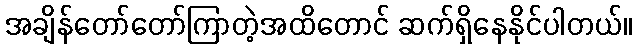
အချိန်တော်တော်ကြာတဲ့အထိတောင် ဆက်ရှိနေနိုင်ပါတယ်။